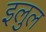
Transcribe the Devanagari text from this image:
इलुल